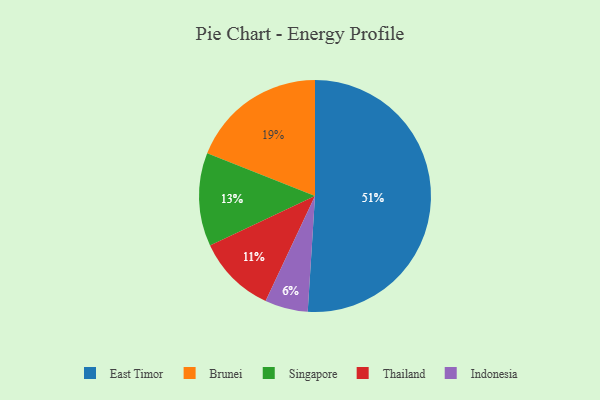
{"axis": {"x": "Category", "y": "Percentage"}, "legend": ["Brunei", "East Timor", "Indonesia", "Singapore", "Thailand"], "data": [{"x": "Brunei", "y": 19, "type": "Brunei"}, {"x": "East Timor", "y": 51, "type": "East Timor"}, {"x": "Thailand", "y": 11, "type": "Thailand"}, {"x": "Singapore", "y": 13, "type": "Singapore"}, {"x": "Indonesia", "y": 6, "type": "Indonesia"}]}